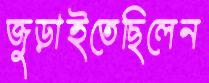
জুড়াইতেছিলেন